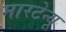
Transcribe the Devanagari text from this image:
मारटेन्यू